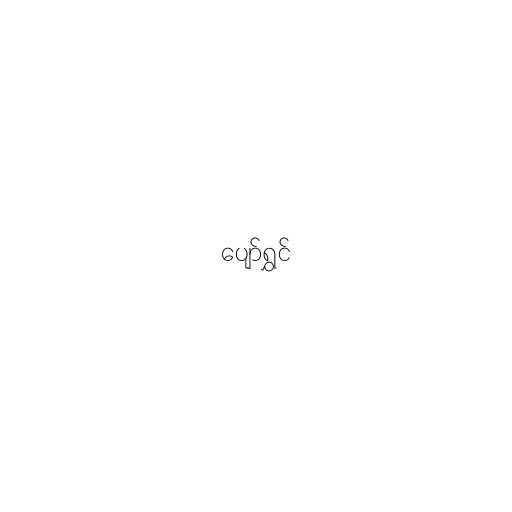
ပျော်ရွှင်